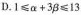
D.$$1 \leq \alpha+3 \beta \leq 13$$